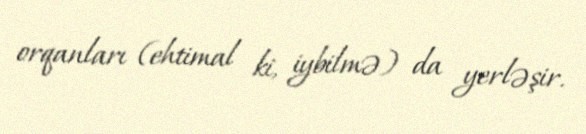
orqanları (ehtimal ki, iybilmə) da yerləşir.